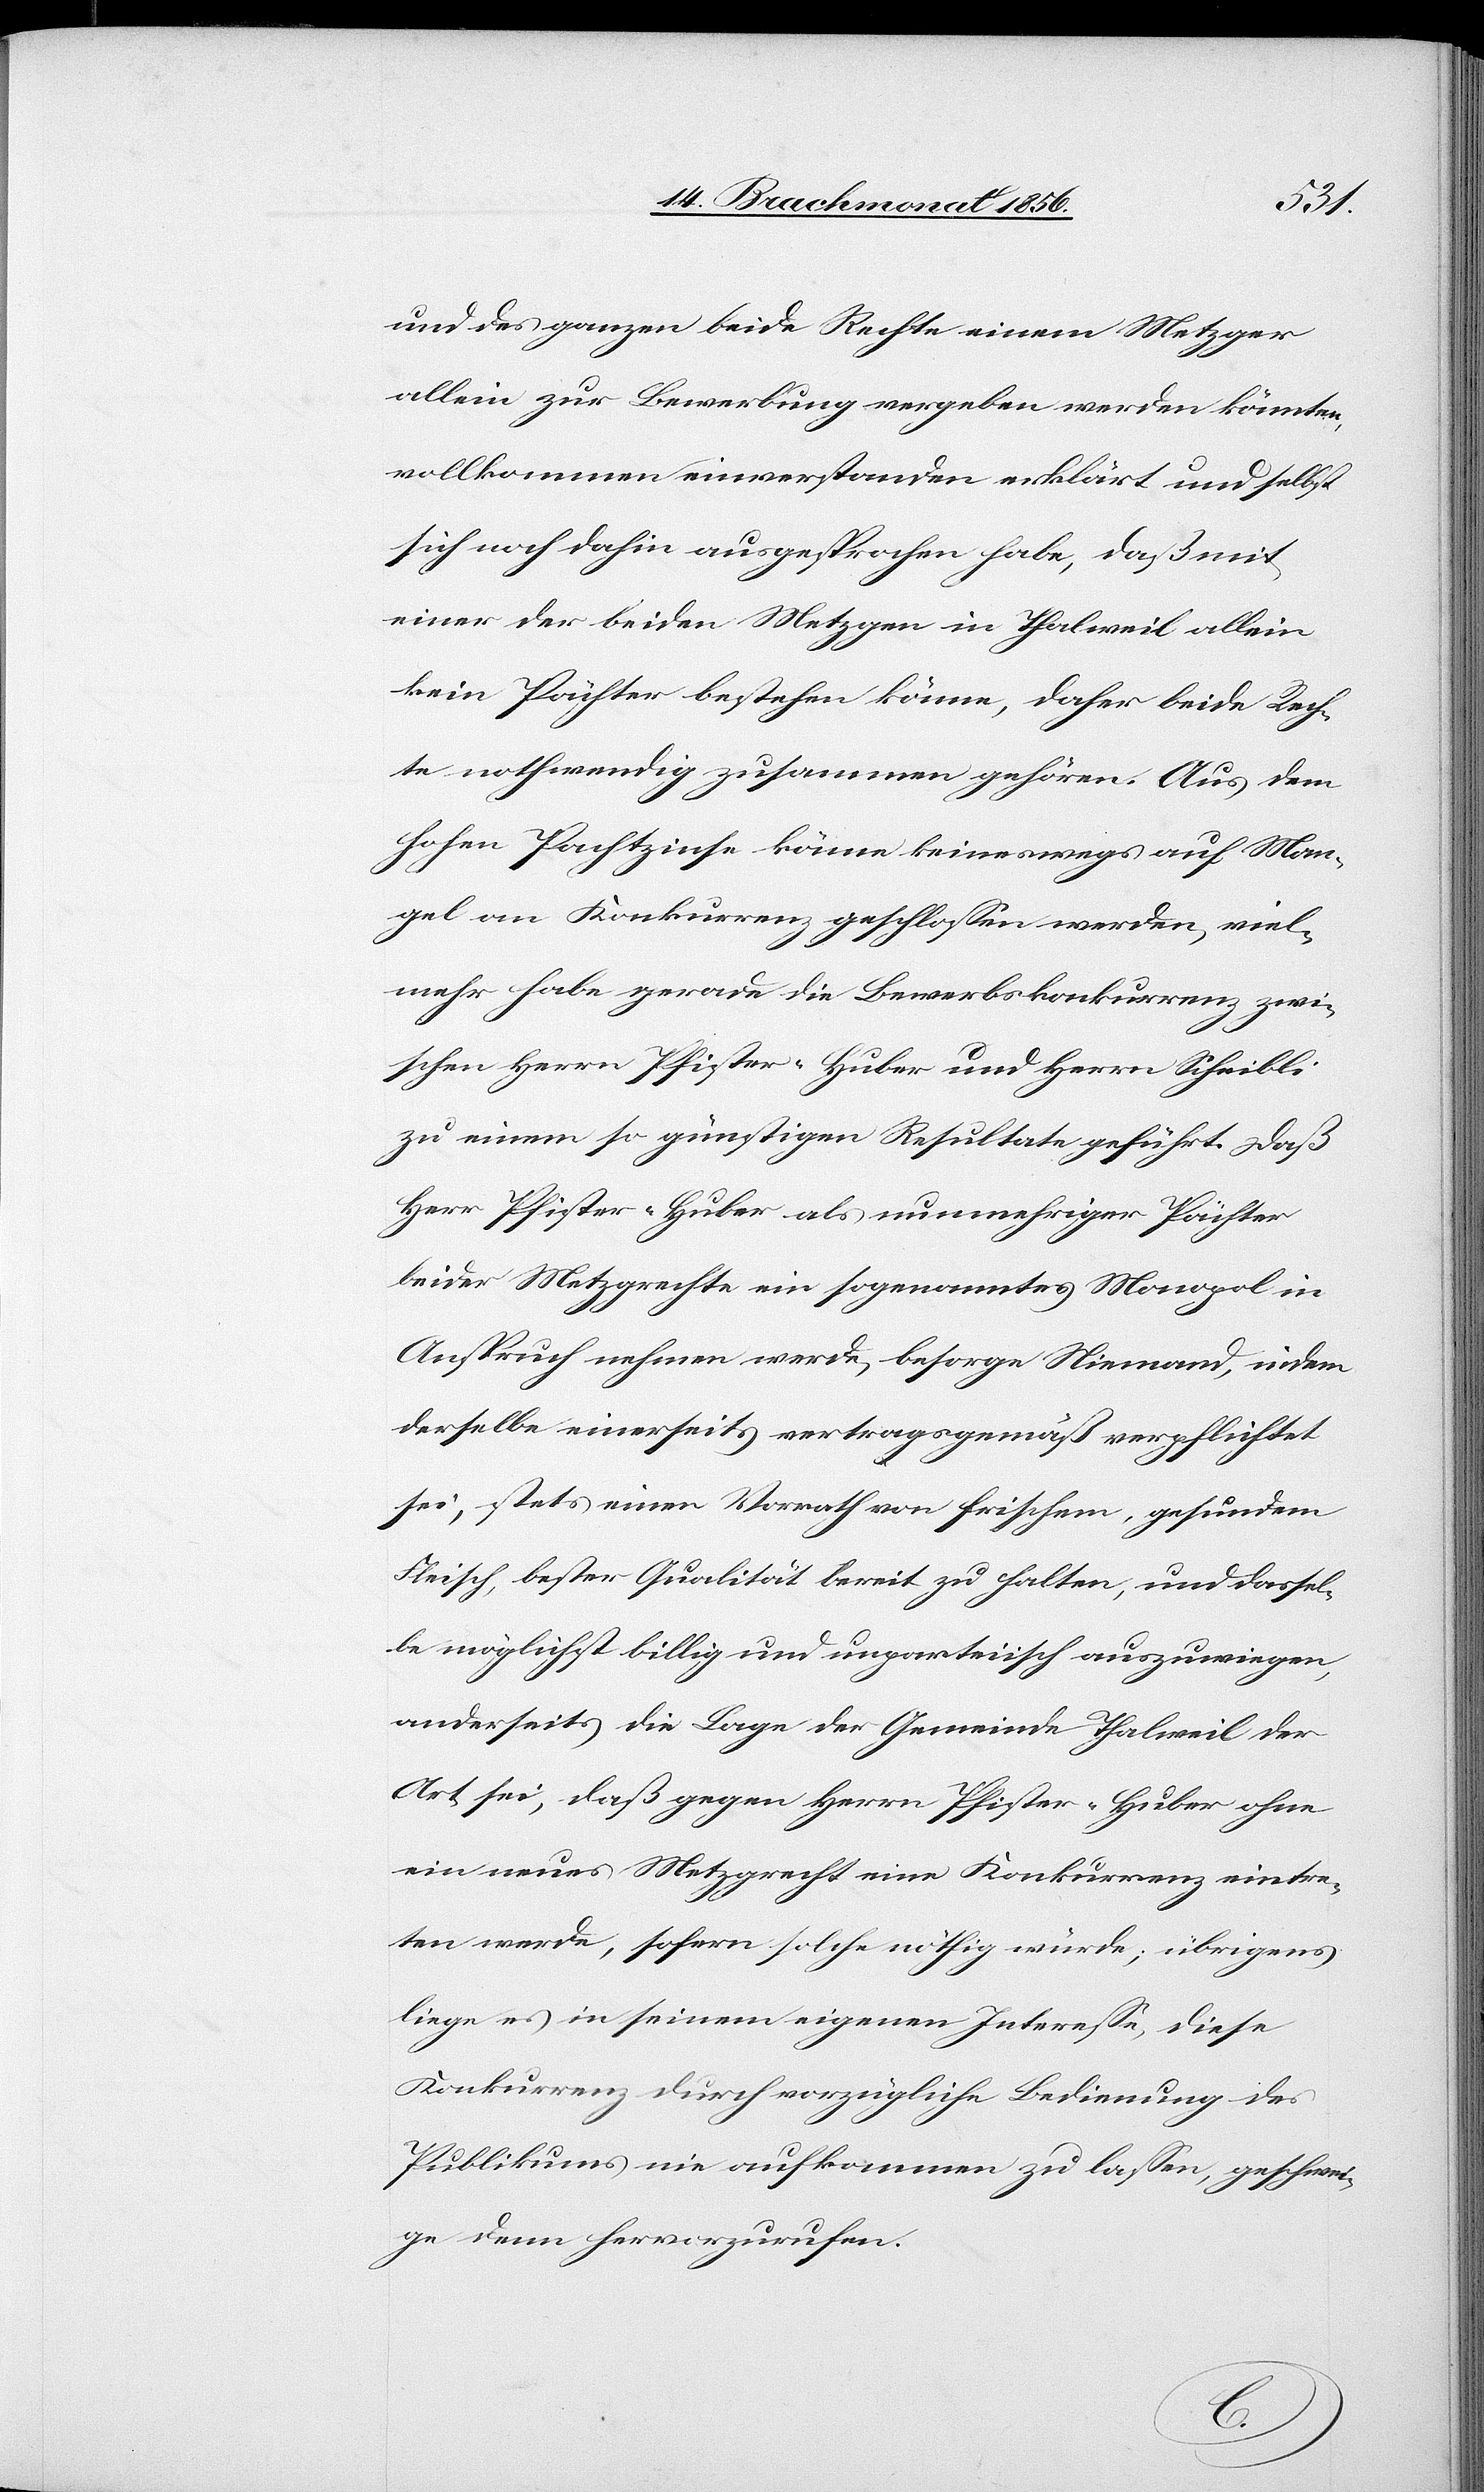
und des ganzen beide Rechte einem Metzger
allein zur Bewerbung vergeben werden könnten,
vollkommen einverstanden erklärt und selbst
sich noch dahin ausgesprochen habe, daß mit
einer der beiden Metzgen in Thalweil allein
kein Pächter bestehen könne, daher beide Rech¬
te nothwendig zusammen gehören. Aus dem
hohen Pachtzinse könne keineswegs auf Man¬
gel an Konkurrenz geschlossen werden, viel¬
mehr habe gerade die Bewerbskonkurrenz zwi¬
schen Herrn Pfister-Huber und Herrn Scheibli
zu einem so günstigen Resultat geführt. Daß
Herr Pfister-Huber als nunmehriger Pächter
beider Metzgrechte ein sogenanntes Monopol in
Anspruch nehmen werde, besorge Niemand, indem
derselbe einerseits vertragsgemäß verpflichtet
sei, stets einen Vorrath von frischem, gesundem
Fleisch, bester Qualität bereit zu halten, und dassel¬
be möglichst billig und unparteiisch auszuwiegen,
anderseits die Lage der Gemeinde Thalweil der
Art sei, daß gegen Herrn Pfister-Huber ohne
ein neues Metzgrecht eine Konkurrenz eintre¬
ten werde, sofern solche nöthig würde; übrigens
liege es in seinem eigenen Interesse, diese
Konkurrenz durch vorzügliche Bedienung des
Publikums nie aufkommen zu lassen, geschwei¬
ge denn hervorzurufen.